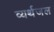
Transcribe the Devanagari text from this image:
व्यर्थजल